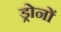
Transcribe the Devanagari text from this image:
ड्रोनों